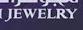
jewelry